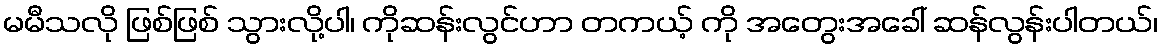
မမီသလို ဖြစ်ဖြစ် သွားလို့ပါ၊ ကိုဆန်းလွင်ဟာ တကယ့် ကို အတွေးအခေါ် ဆန်လွန်းပါတယ်၊